Annual report on the lock hospitals of the Madras Presidency
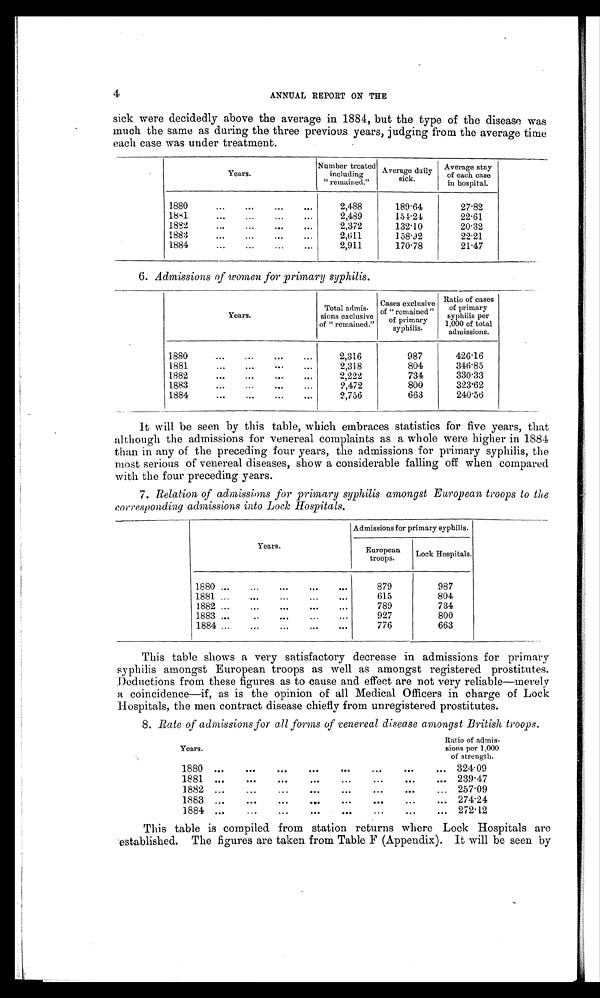
4
ANNUAL REPORT ON THE
sick were decidedly above the average in 1884, but the type of the disease was
much the same as during the three previous years, judging from the average time
each case was under treatment.
Years.
Number treated
including
" remained."
Average daily
sick.
Average stay
of each case
in hospital.
1880
...
...
...
...
2,488
189·64
27·82
1881
...
._
...
...
2,489
154·24
22·61
1882
...
...
...
...
2,372
132·10
20·32
1883
...
...
...
...
2,611
158·92
22·21
1884
...
...
... ....
2,911
17018
21·47
6. Admissions of women for primary syphilis.
Years.
Total admis
sions exclusive
of " remained."
Cases exclusive
of " remained" primary
syphilis.
Ratio of cases
of primary
syphilis per
1,000 of total
admissions.
1880
...
...
...
. . .
2,316
987
426·16
1881
...
...
...
...
2,318
804
346·85
1882
...
...
...
. . .
2,222
734
330·33
1883
...
-.
...
.-
2 , 4 7 2 800
323·62
1884
...
...
...
...
2,756
663
240·56
It will be seen by this table, which embraces statistics for five years, that
although the admissions for venereal complaints as a whole were higher in 1884
than in any of the preceding four years, the admissions for primary syphilis, the
most serious of venereal diseases, show a considerable falling off when compared
with the four preceding years.
7. Relation of admissions for primary syphilis amongst European troops to the
corresponding admissions into Lock Hospitals.
Years.
Admissions for primary syphilis.
European
troops.
Lock Hospitals.
1880 ...
...
...
...
...
879
987
1881 ... ... ... ... .-
615
804
1882 ... ... ... ...
789
734
1883 ...
..
...
927
800
1884 ...
...
776
663
This table shows a very satisfactory decrease in admissions for primary
syphilis amongst European troops as well as amongst registered prostitutes.
Deductions from these figures as to cause and effect are not very reliable—merely
a coincidence—if, as is the opinion of all Medical Officers in charge of Lock
Hospitals, the men contract disease chiefly from unregistered prostitutes.
8. Rate of admissions for all forms of venereal disease amongst British troops.
Years.
Ratio of ad
missions per 1,00
0 o f s t r e n g t h .
1880 ...
...
...
...
,..
...
...
... 324·09
1881 ...
...
...
...
...
...
...
. . . 239·47
1882 ...
...
...
...
...
...
... 257·09
1883 ...
...
...
...
...
...
. . . 274·24
1884 ...
...
...
...
...
...
...
. . . 272·12
This table is compiled from station returns where Lock Hospitals are
established. The figures are taken from Table F (Appendix). It will be seen by